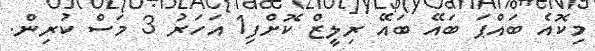
މިކޮއެ ބައްޕަ ބައޭ ބައޭ ރިލީޒް ކޮށްފި1 އަހަރު 3 މަސް ކުރިން.